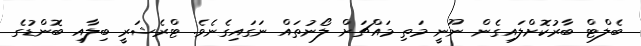
ބެލްޓް ބާރުކޮށްލައިގެން ނޫނީ މަތި މައްޗަށް ލޯނުތައް ނަގައިގެނެވެ. ޓްރެޝަރީ ބިލާއި ބޮންޑުގެ